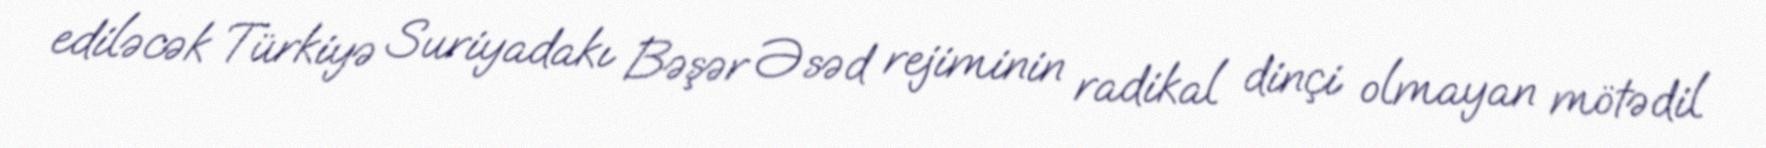
ediləcək Türkiyə Suriyadakı Bəşər Əsəd rejiminin radikal dinçi olmayan mötədil